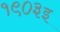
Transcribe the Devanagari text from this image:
१९०३इ